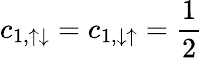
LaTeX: c_{1,\uparrow\downarrow}=c_{1,\downarrow\uparrow}=\frac{1}{2}